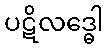
ပဋိလဒ္ဓေါ